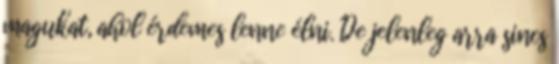
magukat, ahol érdemes lenne élni. De jelenleg arra sincs